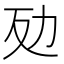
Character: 𠡀